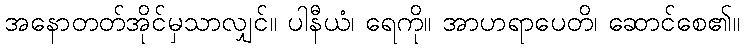
အနောတတ်အိုင်မှသာလျှင်။ ပါနီယံ၊ ရေကို။ အာဟရာပေတိ၊ ဆောင်စေ၏။